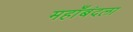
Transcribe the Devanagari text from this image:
महाँबंदला